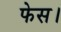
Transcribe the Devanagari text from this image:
फेस।